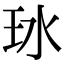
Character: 𬍖